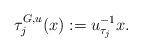
LaTeX: \begin{align*} \tau_j^{G,u}(x):=u_{\tau_j}^{-1}x.\end{align*}